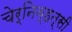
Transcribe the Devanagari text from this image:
चेर्निव्हत्सी